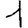
Digit: 1